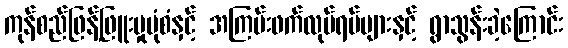
ကုန်စည်ဖြန့်ဖြူးမှုပုံစံနှင့် အကြမ်းဖက်လုပ်ရပ်များနှင့် ရွာသွန်းခဲ့ကြောင်း